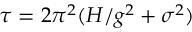
\tau = 2 \pi ^ { 2 } ( H / g ^ { 2 } + \sigma ^ { 2 } )